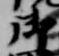
御